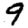
Digit: 9